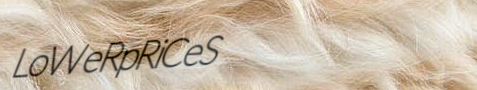
LoWeRpRiCeS